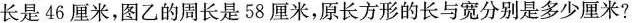
长是46厘米，图乙的周长是58厘米，原长方形的长与宽分别是多少厘米?